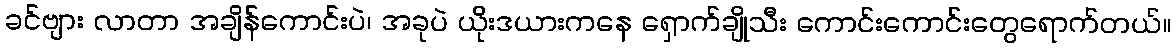
ခင်ဗျား လာတာ အချိန်ကောင်းပဲ၊ အခုပဲ ယိုးဒယားကနေ ရှောက်ချိုသီး ကောင်းကောင်းတွေရောက်တယ်။